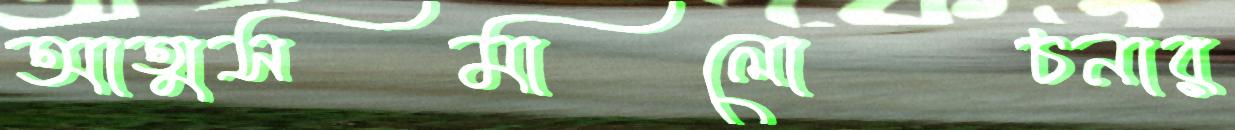
আত্মসমালোচনার